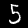
Label: 5